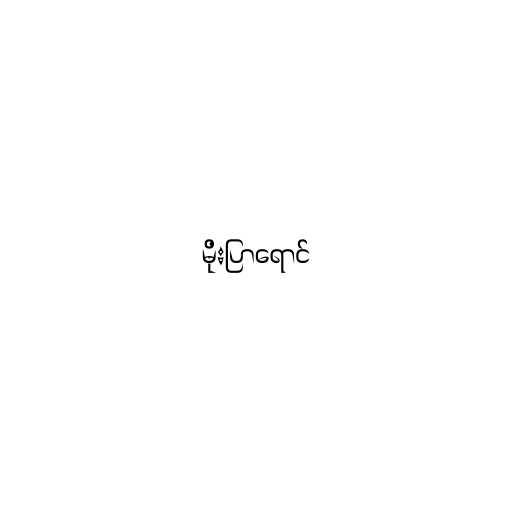
မိုးပြာရောင်